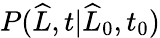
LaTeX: P(\widehat{L},t|\widehat{L}_{0},t_{0})